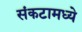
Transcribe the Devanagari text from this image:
संकटामध्ये